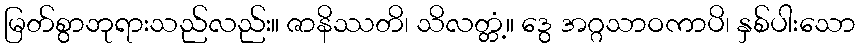
မြတ်စွာဘုရားသည်လည်း။ ဇာနိဿတိ၊ သိလတ္တံ့။ ဒွေ အဂ္ဂသာဝကာပိ၊ နှစ်ပါးသော